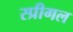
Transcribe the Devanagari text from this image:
स्प्रीगल